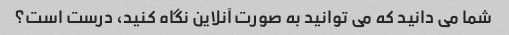
شما می دانید که می توانید به صورت آنلاین نگاه کنید، درست است؟